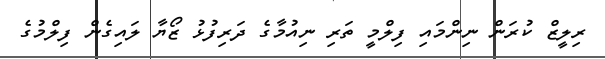
ރިލީޒް ކުރަން ނިންމައި ފިލްމީ ތަރި ނިއުމާގެ ދަރިފުޅު ޒޯޔާ ލައިގެން ފިލްމުގެ